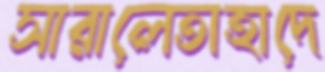
সারালেতাহাদে